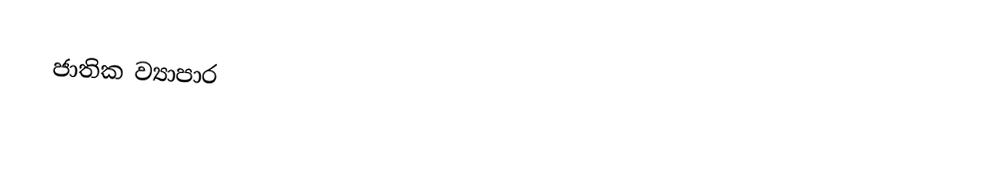
ජාතික ව්‍යාපාර